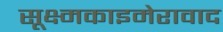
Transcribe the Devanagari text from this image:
सूक्ष्मकाइमेरावाद